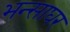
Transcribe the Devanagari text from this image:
भन्साघर